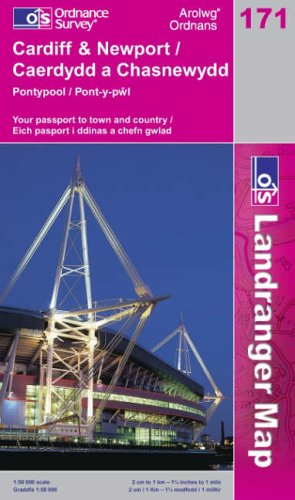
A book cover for Cardiff and Newport, Pontypool (Landranger Maps); Ordnance Survey; Travel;